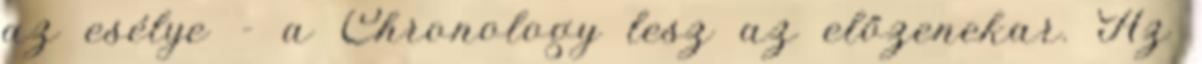
az esélye - a Chronology lesz az előzenekar. Az